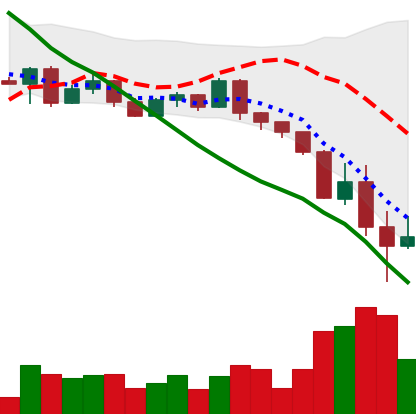
Ticker: ETH-USD
Chart end date: 2022-05-13
Forward return: -4.853%
Label: down_3_5